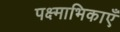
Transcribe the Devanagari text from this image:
पक्ष्माभिकाएँ